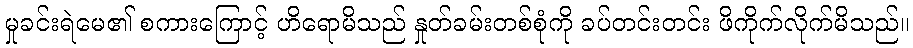
မှုခင်းရဲမေ၏ စကားကြောင့် ဟိရောမိသည် နှုတ်ခမ်းတစ်စုံကို ခပ်တင်းတင်း ဖိကိုက်လိုက်မိသည်။